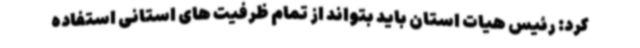
کرد: رئیس هیات استان باید بتواند از تمام ظرفیت های استانی استفاده